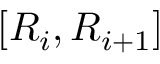
[ R _ { i } , R _ { i + 1 } ]